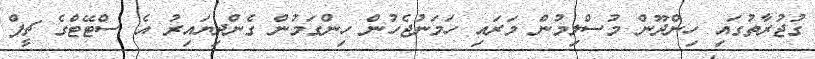
ގުޖުރާތުގައި ހިންދޫން މުސްލިމުން މަރައި ހަމަނުޖެހުން ހިންގަމުން ގެންދިޔައިރު އެ ސްޓޭޓްގެ ޗީފް